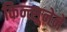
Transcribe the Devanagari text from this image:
किन्त्सुनेने